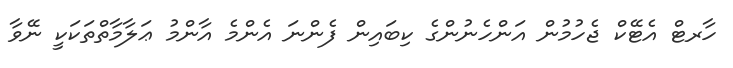
ހާރޓް އެޓޭކް ޖެހުމުން އަންހެނުންގެ ކިބައިން ފެންނަ އެންމެ އާންމު ޢަލާމާތްތަކަކީ ނޭވާ